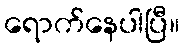
ရောက်နေပါပြီ။